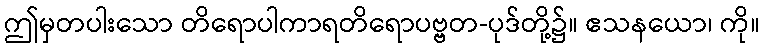
ဤမှတပါးသော တိရောပါကာရတိရောပဗ္ဗတ-ပုဒ်တို့၌။ ဧသနယော၊ ကို။